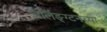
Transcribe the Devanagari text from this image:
अर्लिङ्ग्टनच्या